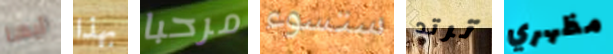
أيها بهذا مرحبا ستسوء ترتد مظهري